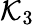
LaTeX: \mathcal{K}_{3}